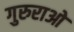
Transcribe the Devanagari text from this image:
गुरुराओ